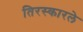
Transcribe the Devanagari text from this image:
तिरस्कारले